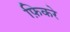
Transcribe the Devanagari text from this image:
फ़िकरे